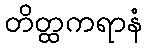
တိတ္ထကရာနံ